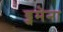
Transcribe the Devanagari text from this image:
ड्जमेना